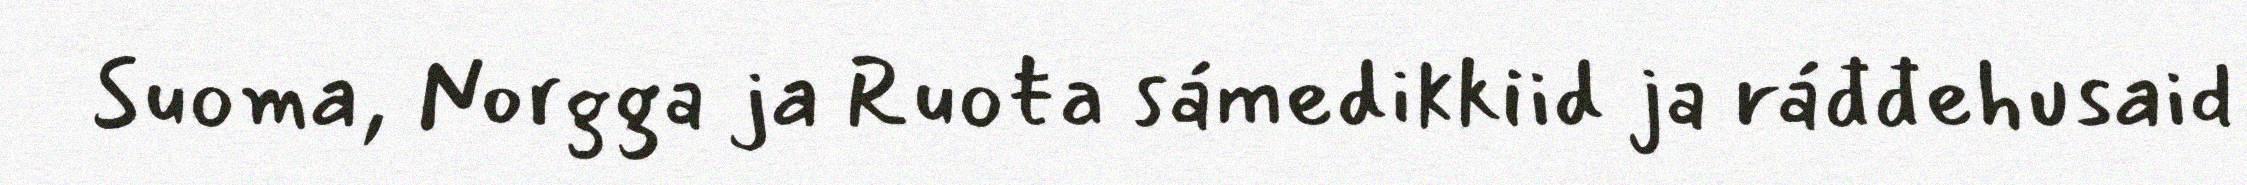
Suoma, Norgga ja Ruoŧa sámedikkiid ja ráđđehusaid